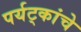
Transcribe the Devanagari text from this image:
पर्यट्कांचे